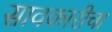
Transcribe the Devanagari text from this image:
सावकारीचा